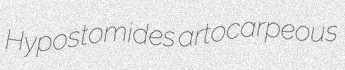
Hypostomides artocarpeous